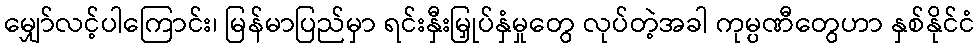
မျှော်လင့်ပါကြောင်း၊ မြန်မာပြည်မှာ ရင်းနှီးမြှုပ်နှံမှုတွေ လုပ်တဲ့အခါ ကုမ္ပဏီတွေဟာ နှစ်နိုင်ငံ